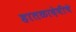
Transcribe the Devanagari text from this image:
हातळादेवीचे